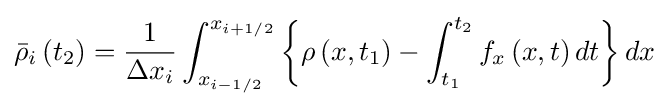
{\bar {\rho }}_{i}\left(t_{2}\right)={\frac {1}{\Delta x_{i}}}\int _{x_{i-1/2}}^{x_{i+1/2}}\left\{\rho \left(x,t_{1}\right)-\int _{t_{1}}^{t_{2}}f_{x}\left(x,t\right)dt\right\}dx